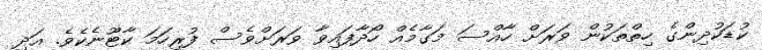
ކުޑަކުދިންގެ ހިތްތަކުން ވަރަށް ހާއްސަ މަގާމެއް ހޯދާފައިވާ ވަރަށްވެސް ފުރިހަމަ ކާޓޫނެކެވެ. އަދި